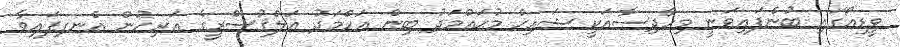
ވީޑިއޯގައި ބުނެފައިވަނީ މިހާދިސާއަކީ ޝައިޚް މުޙައްމަދު ބިން އަހްމަދު އަލްޤުސްރީގެ އަރިހުން އެނގިފައިވާ